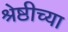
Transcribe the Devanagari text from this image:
श्रेष्ठीच्या